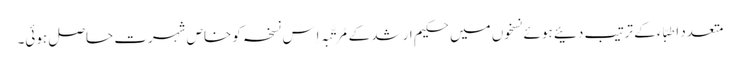
متعدد اطِبّاء کے ترتیب دئیے ہوئے نسخوں میں حکیم ارشد کے مُرتَّبہ اِس نسخہ کو خاص شہرت حاصل ہوئی۔